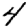
Digit: 4